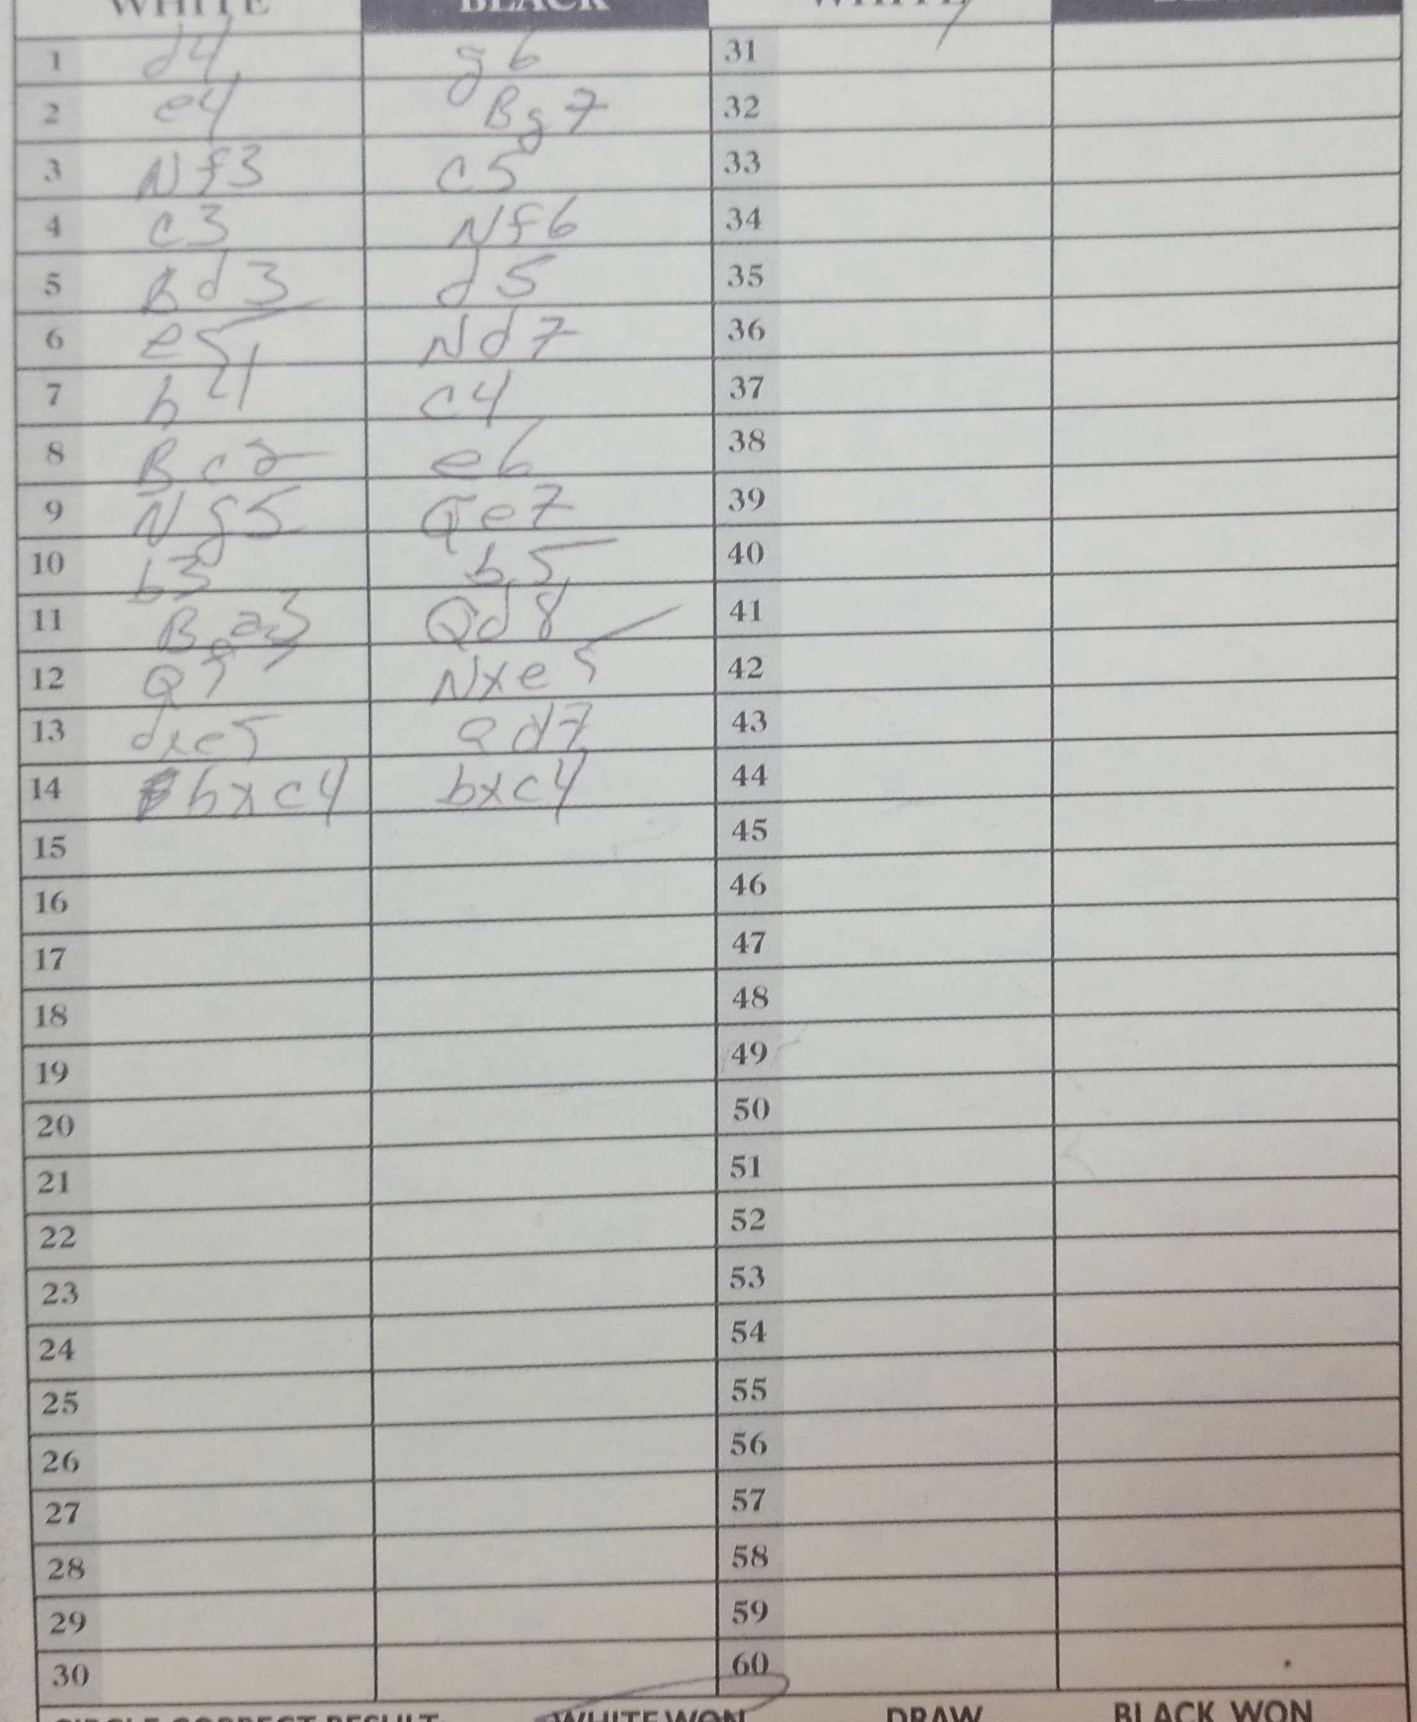
Moves: d4 g6 e4 Bg7 Nf3 c5 c3 Nf6 Bd3 d5 e5 Nd7 h4 c4 Bc2 e6 Ng5 Qe7 b3 b5 Ba3 Qd8 Qf3 Nxe5 dxe5 Qd7 bxc4 bxc4